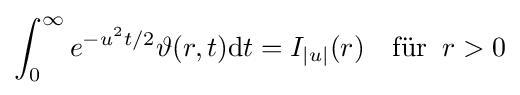
\int _{0}^{\infty }e^{-u^{2}t/2}\vartheta (r,t)\mathrm {d} t=I_{|u|}(r)\quad {\text{für}}\;\;r>0